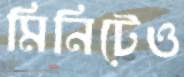
মিনিটেও